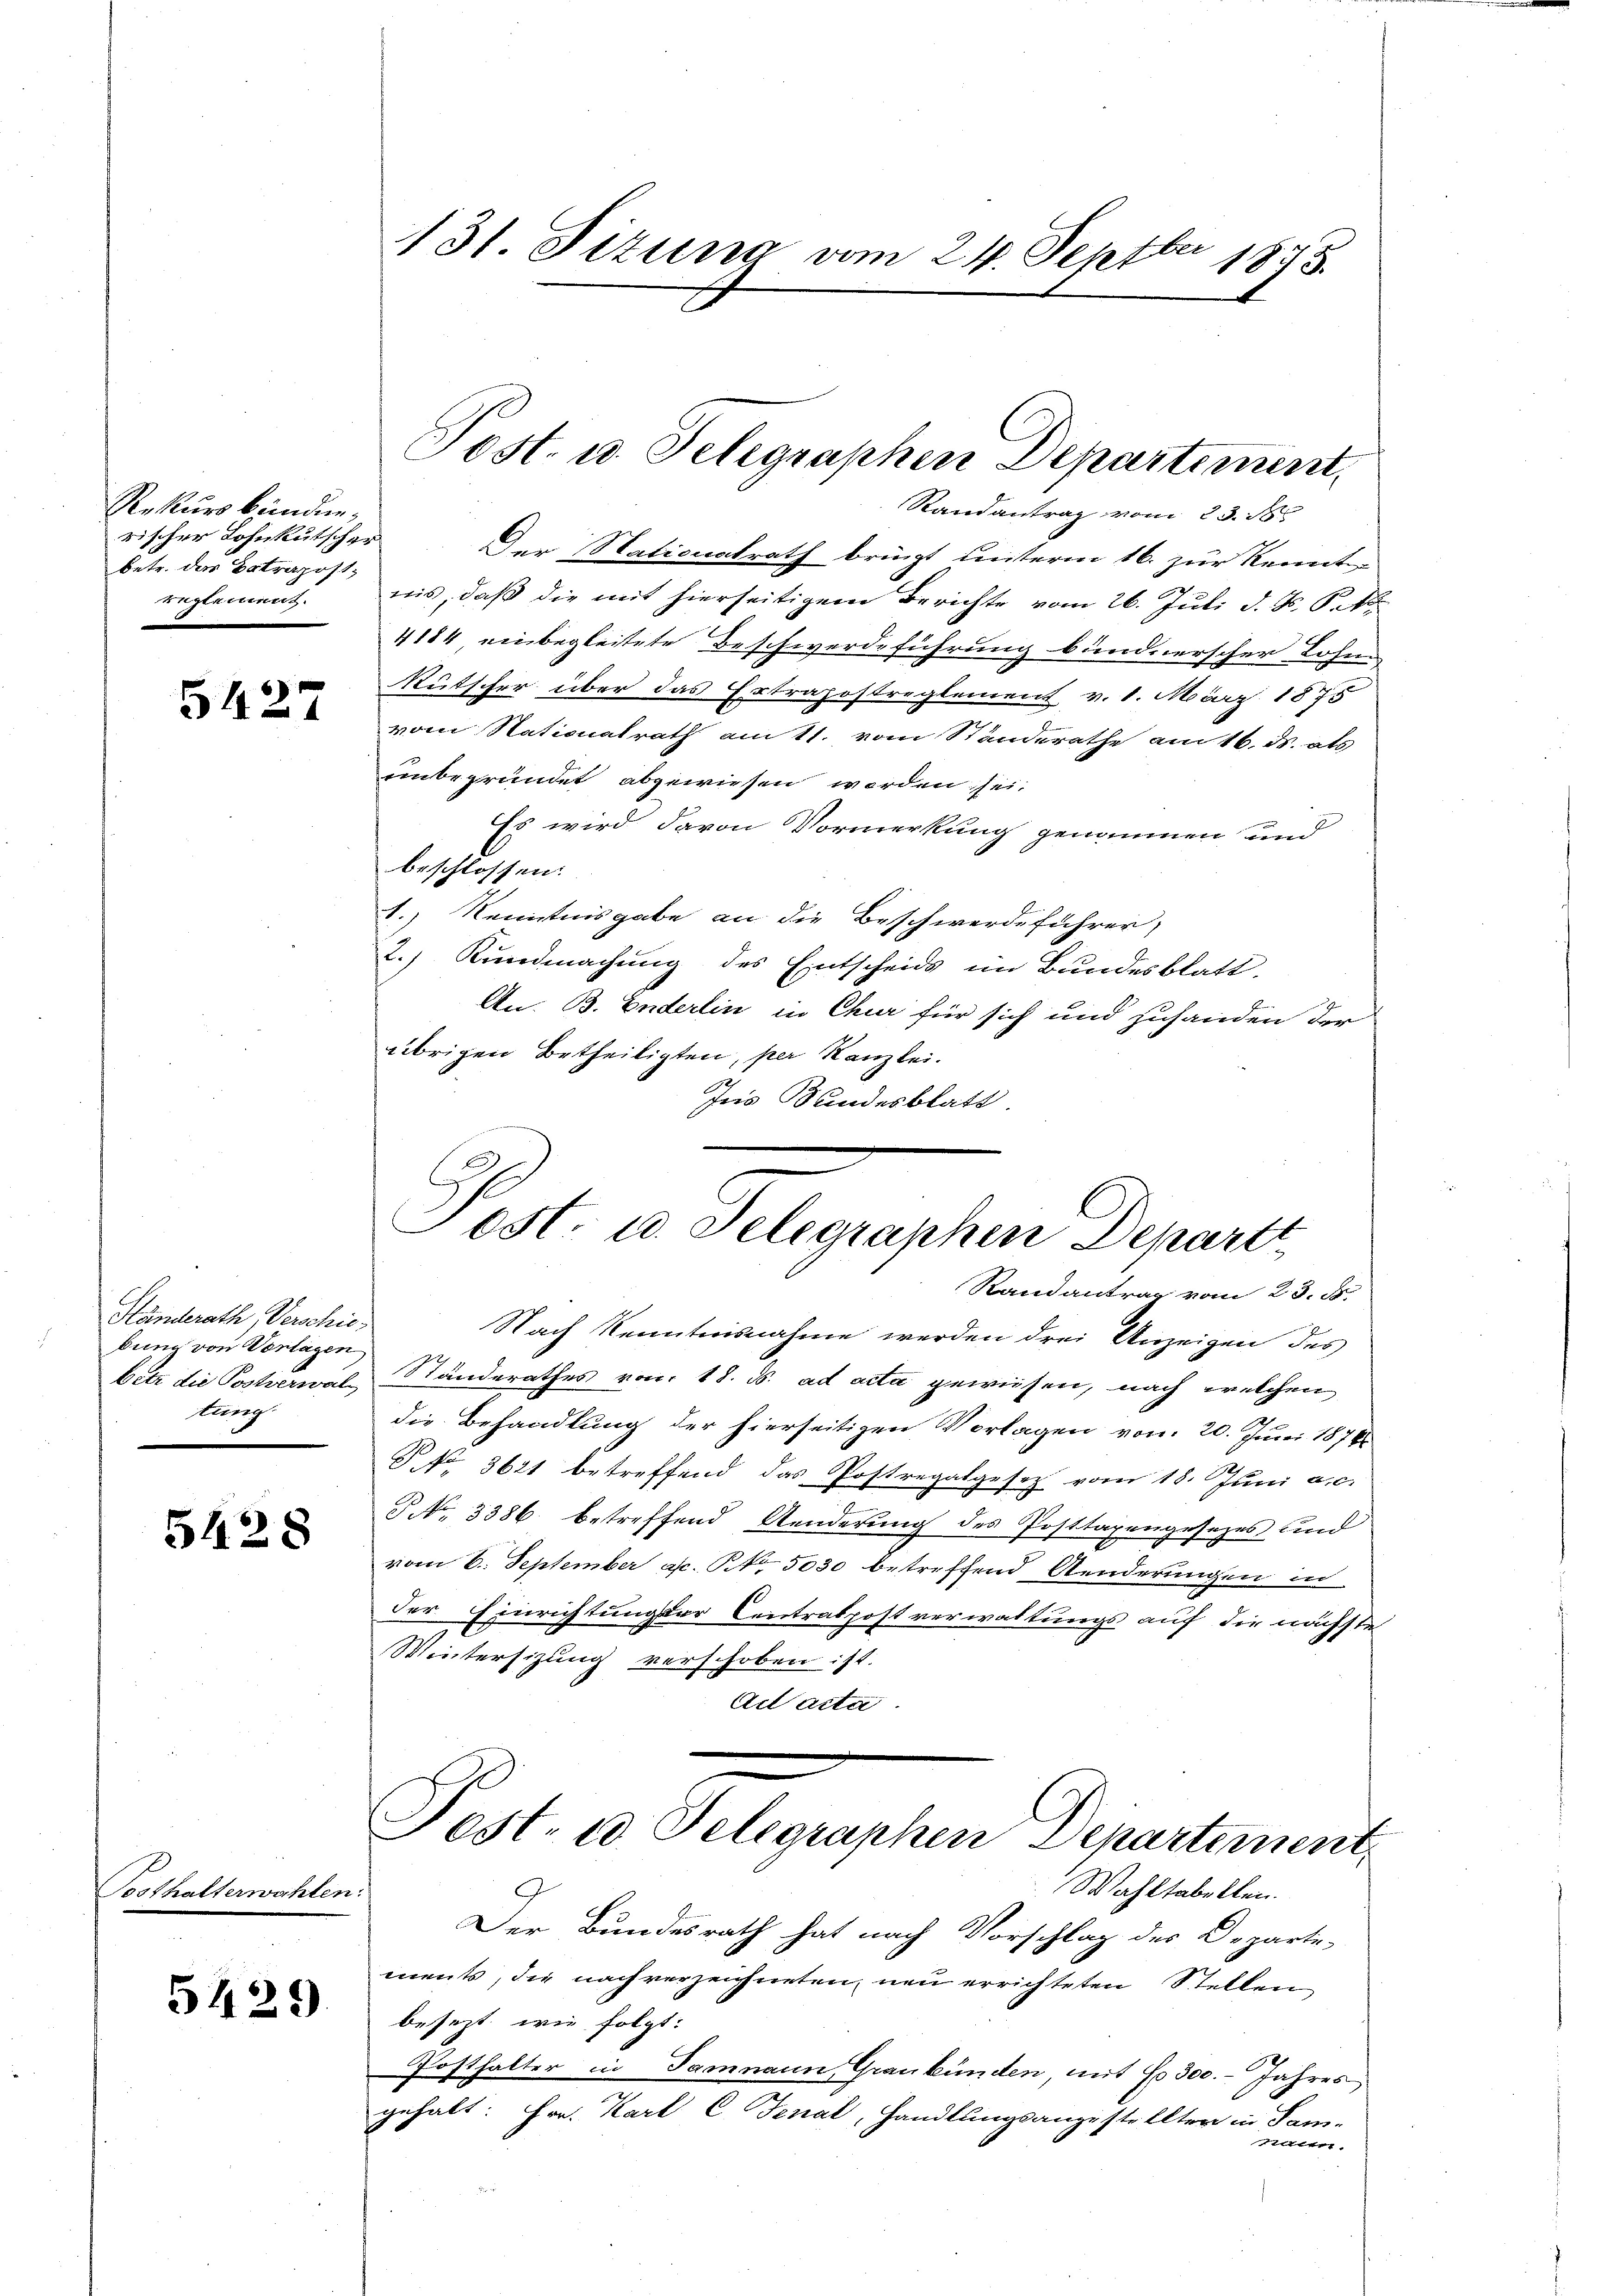
Rekurs bünden;
rischer Lohnkutscher
betr. das Betragostengten

5427

Händerath Verschie
bung von Vorlagen
betz die Postverwal
tung

5428

Posthalterwahlen.

5429.

131 Fizung vom 24. Septber 1875.

Post. u. Selegraphen Departement,

Randantrag vom 23. 165
Der Stationalrath bringt unterm 16. zur Kennt-
nis, daß die mit hierseitigem Berichte vom 26. Juli d. Js. P. A
4184 einbegleitete Beschwerdeführung bundnerscher Lohne
Rutscher über das Ertrapostreglement v. 1. März 1875
vom Nationalrath am 11. vom Standerathe am 16. ds. als
unbegründet abgewiesen werden sei.
Es wird davon Vormerkung genommen und
beschlossen:
1.) Kenntnisgabe an die Beschwerdeführer,
2.) Kundmachung des Entscheids im Bundesblatt.
An. B. Enderlin in Chur für sich und zuhanden der
übrigen Betheiligten, per Kanzlei.
Ins Bundesblatt.
Post- u. Selegraphen Departe
Randantrag vom 23. J
Nach Kenntnisnahme werden drei Anzeigen des
Ständerathes von 18. ds. ad acta geweisen, nach welchen
die Behandlung der hierseitigen Vorlagen vom 20. Juni 1876.
P No. 3621 betreffend das Postregalgesetz vom 18. Juni a. c.
P No. 3386 betreffend Aenderung des Posttaxengesezes und
vom 6. September asc. No. 5030 betreffend Aenderungen in
der Einrichtung der Centratpost verwaltungs auf die nächste
Wintersizung verschoben: st.
Ad acta.

Fest. 10. Telegraphen Departement
Wahltabellen.

Der Bundesrath hat nach Vorschlag des Departe
ments, die nach verzeichneten, neu errichteten Stellen
besezt wie folgt:
Posthalter in Samnaun, Graubünden mit No 300.- Jahres
gehalt: Hr. Karl C Fenal, Handlungsangestellten in Sam-
nau.